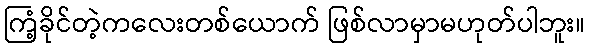
ကြံ့ခိုင်တဲ့ကလေးတစ်ယောက် ဖြစ်လာမှာမဟုတ်ပါဘူး။